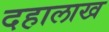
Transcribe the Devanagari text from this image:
दहालाख